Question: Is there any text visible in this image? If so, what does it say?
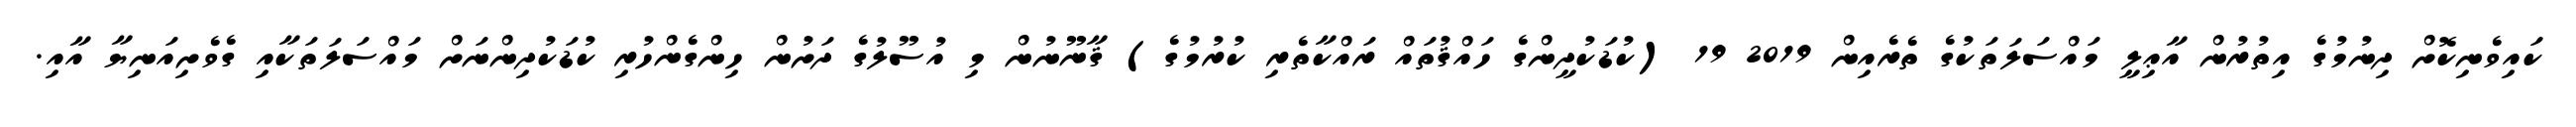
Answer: ކައިވެނިކޮށް ދިނުމުގެ އިތުރުން އާޢިލީ މައްސަލަތަކުގެ ތެރެއިން 2019 19 (ކުޑަކުދީންގެ ހައްޤުތައް ރައްކާތެރި ކުރުމުގެ) ޤާނޫނުން މި އުސޫލުގެ ދަށުން ހިންގެންހުރި ކުޑަކުދިންނަށް މައްސަލަތަކާއި ގެވެށިއަނިޔާ އާއި.